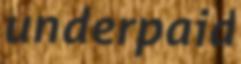
underpaid